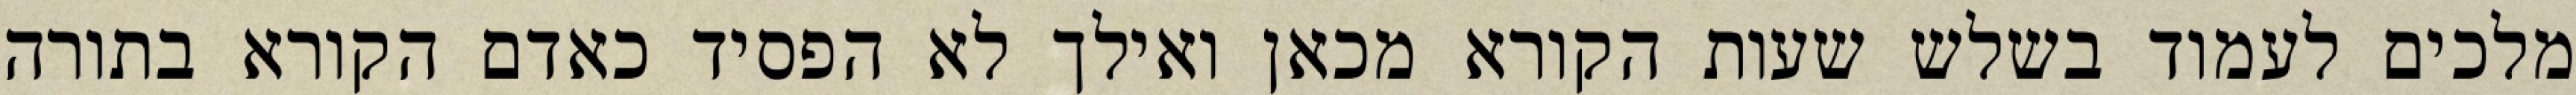
מלכים לעמוד בשלש שעות הקורא מכאן ואילך לא הפסיד כאדם הקורא בתורה